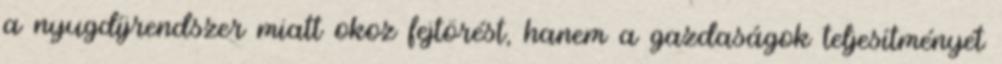
a nyugdíjrendszer miatt okoz fejtörést, hanem a gazdaságok teljesítményét